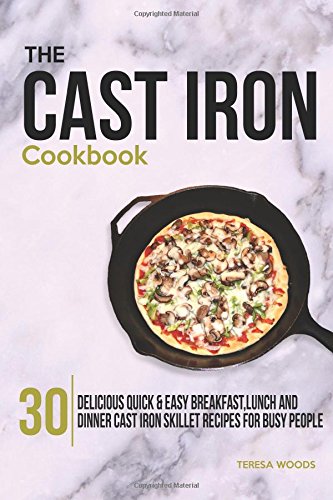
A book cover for The Cast Iron Cookbook: 30 Delicious, Quick & Easy Breakfast, Lunch and Dinner Cast Iron Skillet Recipes For Busy People; Teresa Woods; Cookbooks, Food & Wine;